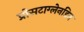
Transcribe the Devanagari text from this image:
प्रोसटाग्लेनडिन